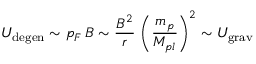
U _ { \mathrm { d e g e n } } \sim p _ { F } \, B \sim \frac { B ^ { 2 } } { r } \, \left( \frac { m _ { p } } { M _ { p l } } \right) ^ { 2 } \sim U _ { \mathrm { g r a v } }